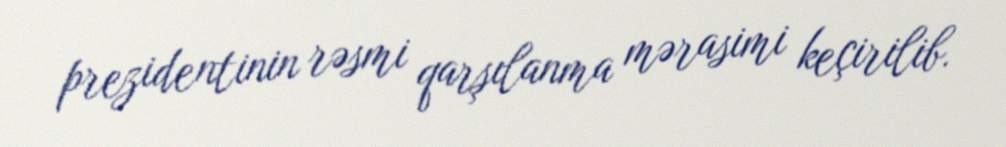
prezidentinin rəsmi qarşılanma mərasimi keçirilib.